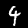
Digit: 4